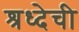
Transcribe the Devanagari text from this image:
श्रध्देची